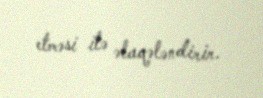
etməsi ilə əlaqələndirir.